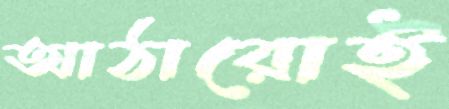
আঠারোই